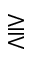
\gtreqqless